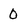
Character: 0